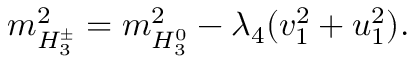
m _ { H _ { 3 } ^ { \pm } } ^ { 2 } = m _ { H _ { 3 } ^ { 0 } } ^ { 2 } - \lambda _ { 4 } ( v _ { 1 } ^ { 2 } + u _ { 1 } ^ { 2 } ) .